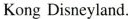
KongDisneyland.